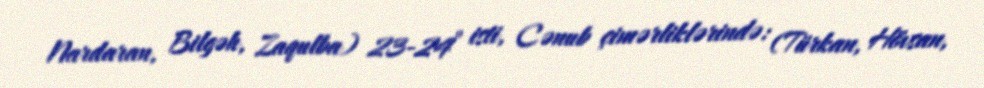
Nardaran, Bilgəh, Zaqulba) 23-24° isti, Cənub çimərliklərində: (Türkan, Hövsan,